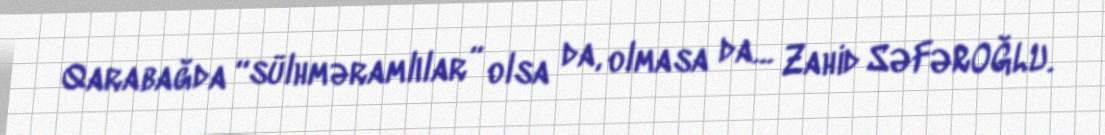
Qarabağda “sülhməramlılar” olsa da, olmasa da... Zahid SƏFƏROĞLU.